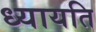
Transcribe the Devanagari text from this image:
ध्यायति